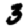
Digit: 3